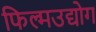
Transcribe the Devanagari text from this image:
फिल्मउद्योग